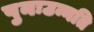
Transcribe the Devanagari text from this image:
पुनःउन्नति